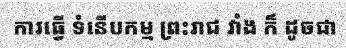
ការធ្វើ ទំនើបកម្ម ព្រះរាជ វាំង ក៏ ដូចជា